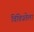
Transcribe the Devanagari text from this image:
विविधतेला